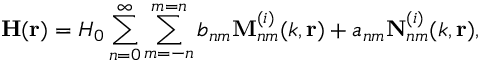
\mathbf { H } ( \mathbf { r } ) = H _ { 0 } \sum _ { n = 0 } ^ { \infty } \sum _ { m = - n } ^ { m = n } b _ { n m } \mathbf { M } _ { n m } ^ { ( i ) } ( k , \mathbf { r } ) + a _ { n m } \mathbf { N } _ { n m } ^ { ( i ) } ( k , \mathbf { r } ) ,